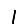
Digit: 1